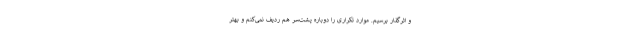
و اثرگذار برسیم. موارد تکراری را دوباره پشت‌سر هم ردیف نمی‌کنم و بهتر